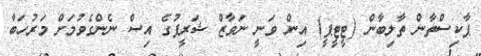
ޕާކިސްތާން ތާލިބާން (ޓީޓީޕީ) އިން ވަނީ ނަވާޒް ޝަރީފުގެ އިސް ނެންގެވުމަށް މަރުހަބާ